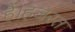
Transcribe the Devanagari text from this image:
हैं।हजरत